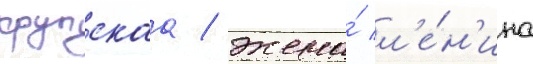
крупскаа / жена́ л'е́н'ина